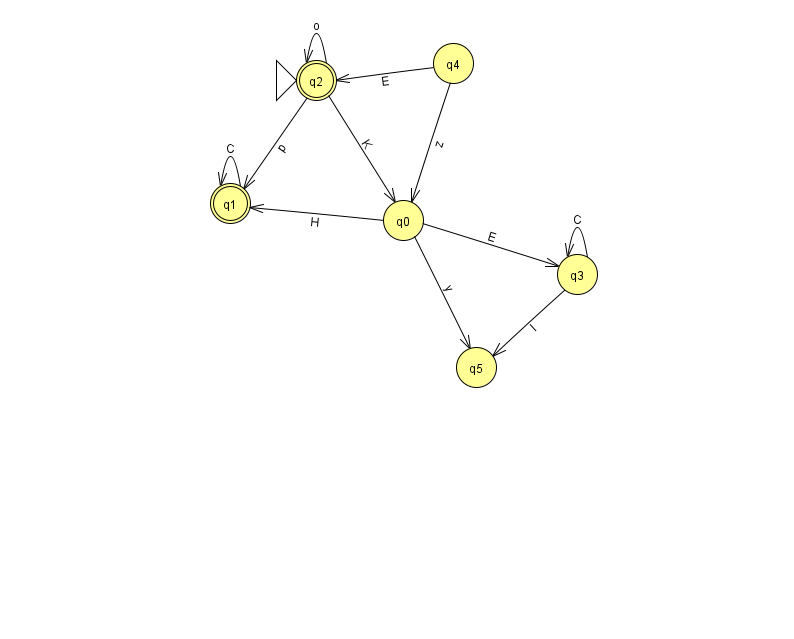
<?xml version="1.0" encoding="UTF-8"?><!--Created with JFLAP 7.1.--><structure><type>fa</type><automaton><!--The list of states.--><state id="0" name="q0"><x>403.0</x><y>207.0</y></state><state id="1" name="q1"><x>230.0</x><y>190.0</y><final/></state><state id="2" name="q2"><x>316.0</x><y>67.0</y><initial/><final/></state><state id="3" name="q3"><x>577.0</x><y>261.0</y></state><state id="4" name="q4"><x>453.0</x><y>50.0</y></state><state id="5" name="q5"><x>476.0</x><y>354.0</y></state><!--The list of transitions.--><transition><from>0</from><to>3</to><read>E</read></transition><transition><from>3</from><to>5</to><read>I</read></transition><transition><from>4</from><to>0</to><read>z</read></transition><transition><from>1</from><to>1</to><read>C</read></transition><transition><from>3</from><to>3</to><read>C</read></transition><transition><from>4</from><to>2</to><read>E</read></transition><transition><from>0</from><to>5</to><read>y</read></transition><transition><from>2</from><to>0</to><read>K</read></transition><transition><from>0</from><to>1</to><read>H</read></transition><transition><from>2</from><to>1</to><read>p</read></transition><transition><from>2</from><to>2</to><read>o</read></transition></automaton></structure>